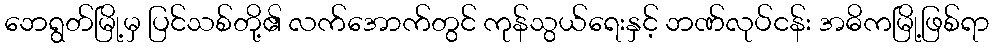
ဘေရွတ်မြို့မှ ပြင်သစ်တို့၏ လက်အောက်တွင် ကုန်သွယ်ရေးနှင့် ဘဏ်လုပ်ငန်း အဓိကမြို့ဖြစ်ရာ